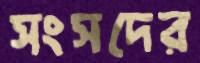
সংসদের